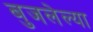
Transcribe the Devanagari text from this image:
बुजलेल्या